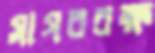
সাগরবক্ষ